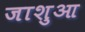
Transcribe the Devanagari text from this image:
जाशुआ